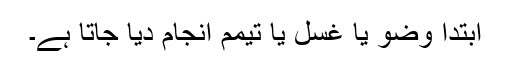
ابتدا وضو یا غُسل یا تیمم انجام دیا جاتا ہے۔